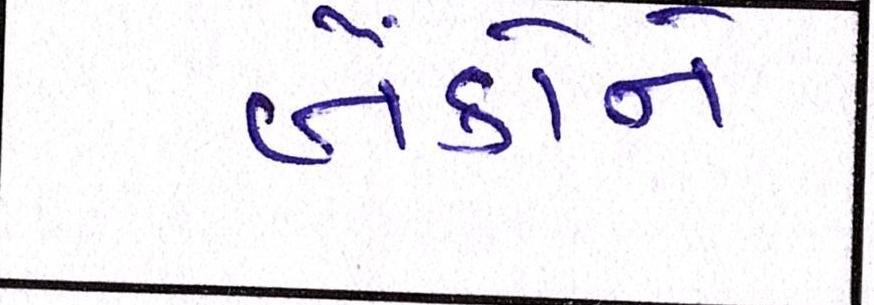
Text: બેંકોને